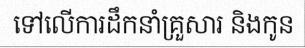
ទៅលើការដឹកនាំគ្រួសារ និងកូន